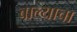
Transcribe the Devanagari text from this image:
बाल्याचा